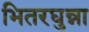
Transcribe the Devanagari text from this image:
भितरघुन्ना